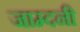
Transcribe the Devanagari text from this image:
जाम्दनी